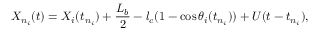
X _ { n _ { i } } ( t ) = X _ { i } ( t _ { n _ { i } } ) + \frac { L _ { b } } { 2 } - l _ { c } ( 1 - \cos \theta _ { i } ( t _ { n _ { i } } ) ) + U ( t - t _ { n _ { i } } ) ,